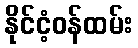
နိုင်ငံ့ဝန်ထမ်း